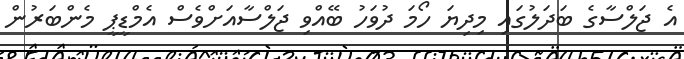
އެ ޖަލްސާގެ ބަދަލުގައި މިދިޔަ ހޯމަ ދުވަހު ބޭއްވި ޖަލްސާއަށްވެސް އެމްޑީޕީ މެންބަރުން